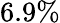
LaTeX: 6.9\%